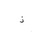
Letter: _thal